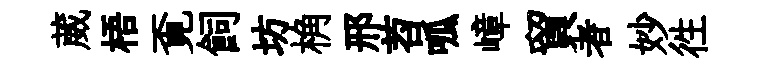
葳梧覔飼坊桷邢苕呱嶂貿者妙徃